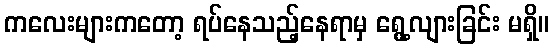
ကလေးများကတော့ ရပ်နေသည့်နေရာမှ ရွေ့လျားခြင်း မရှိ။